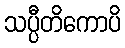
သပ္ပီတိကောပိ